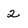
Character: 2